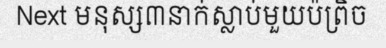
Next មនុស្ស៣នាក់ស្លាប់មួយប៉ព្រិច